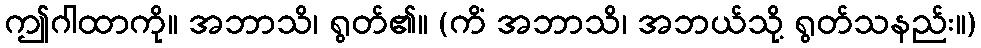
ဤဂါထာကို။ အဘာသိ၊ ရွတ်၏။ (ကိံ အဘာသိ၊ အဘယ်သို့ ရွတ်သနည်း။)